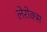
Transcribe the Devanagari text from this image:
लेरोक्स